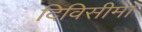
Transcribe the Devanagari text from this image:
दिविसीमा